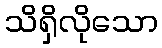
သိရှိလိုသော